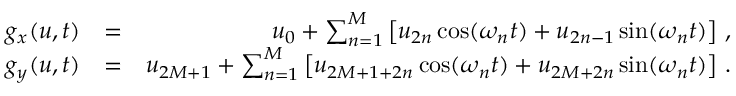
\begin{array} { r l r } { g _ { x } ( u , t ) } & { = } & { u _ { 0 } + \sum _ { n = 1 } ^ { M } \left[ u _ { 2 n } \cos ( \omega _ { n } t ) + u _ { 2 n - 1 } \sin ( \omega _ { n } t ) \right] \, , } \\ { g _ { y } ( u , t ) } & { = } & { u _ { 2 M + 1 } + \sum _ { n = 1 } ^ { M } \left[ u _ { 2 M + 1 + 2 n } \cos ( \omega _ { n } t ) + u _ { 2 M + 2 n } \sin ( \omega _ { n } t ) \right] \, . } \end{array}